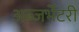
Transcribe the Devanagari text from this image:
अब्जर्भेटरी